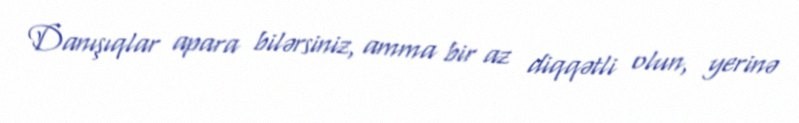
Danışıqlar apara bilərsiniz, amma bir az diqqətli olun, yerinə